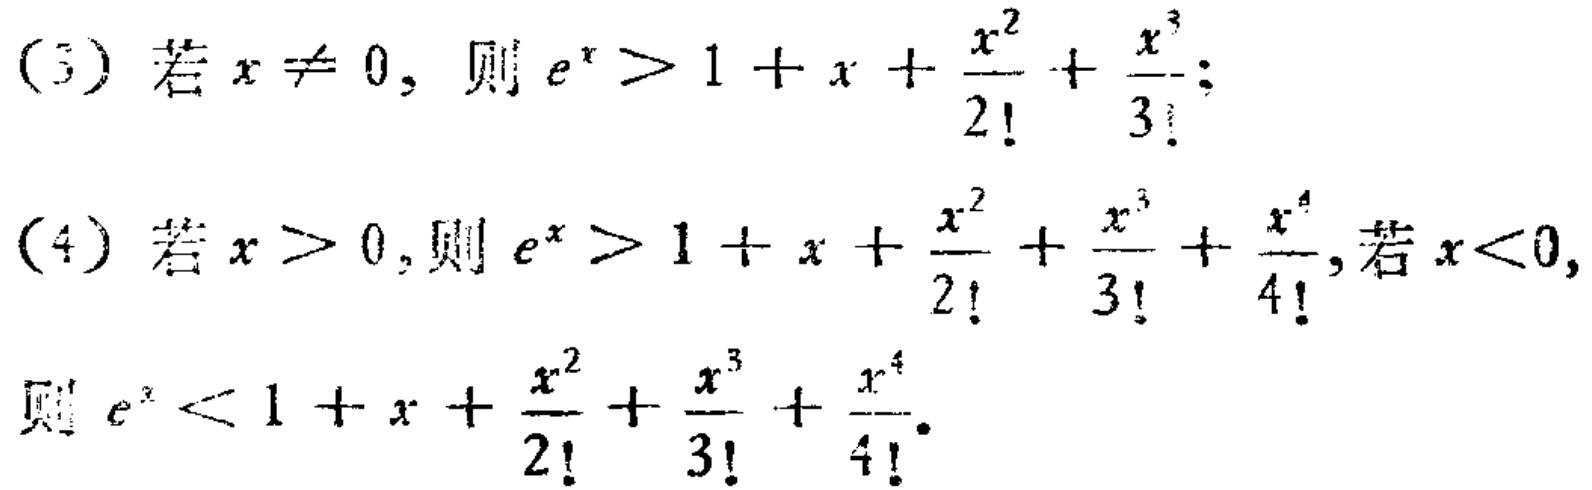
(3) 若 \(x\neq 0\)，则 \(e^{x}>1 + x+\frac{x^{2}}{2!}+\frac{x^{3}}{3!}\)；
(4) 若 \(x > 0\)，则 \(e^{x}>1 + x+\frac{x^{2}}{2!}+\frac{x^{3}}{3!}+\frac{x^{4}}{4!}\)，若 \(x<0\)，则 \(e^{x}<1 + x+\frac{x^{2}}{2!}+\frac{x^{3}}{3!}+\frac{x^{4}}{4!}\)。